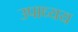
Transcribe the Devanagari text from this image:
उपाध्यय